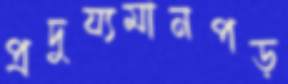
প্রদুয্যমানপড়